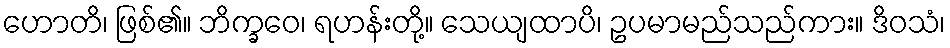
ဟောတိ၊ ဖြစ်၏။ ဘိက္ခဝေ၊ ရဟန်းတို့။ သေယျထာပိ၊ ဥပမာမည်သည်ကား။ ဒိဝသံ၊